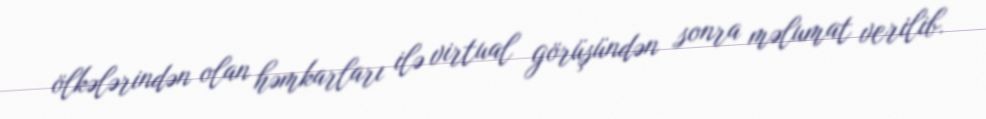
ölkələrindən olan həmkarları ilə virtual görüşündən sonra məlumat verilib.